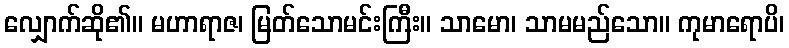
လျှောက်ဆို၏။ မဟာရာဇ၊ မြတ်သောမင်းကြီး။ သာမော၊ သာမမည်သော။ ကုမာရောပိ၊